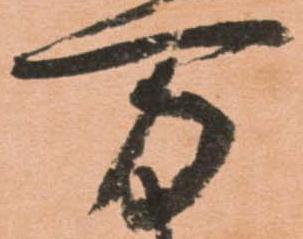
万